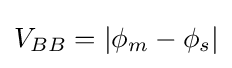
V_{BB}=|\phi _{m}-\phi _{s}|